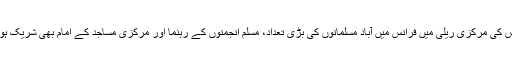
پیرس کی مرکزی ریلی میں فرانس میں آباد مسلمانوں کی بڑی تعداد، مسلم انجمنوں کے رہنما اور مرکزی مساجد کے امام بھی شریک ہوئے۔